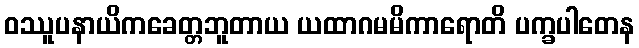
ဝဿူပနာယိကခေတ္တဘူတာယ ယထာဂမမိကာရောတိ ပက္ခပါတေန